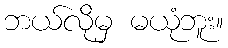
ဘယ်လိုမှ မယုံဘူး။